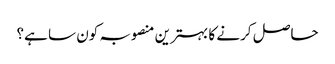
حاصل کرنے کا بہترین منصوبہ کون سا ہے؟